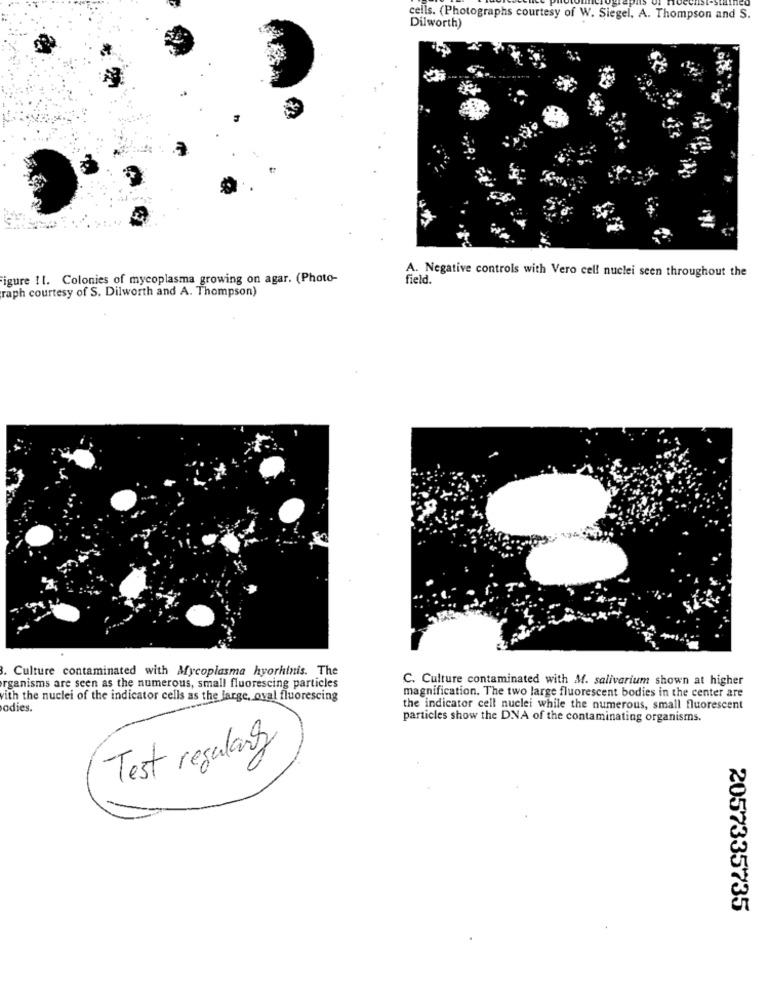
cells. (Photographs courtesy of W. Siegel. A. Thompson and S.
Dilworth)
igure 11. Colonies of mycoplasma growing on agar. (Photo-
A. Negative controls with Vero cell nuclei seen throughout the
field.
raph courtesy of S. Dilworth and A. Thompson)
Culture contaminated with Mycoplasma hyorhinis. The
C. Culture contaminated with M. salivarium shown at higher
organisms are seen as the numerous, small fluorescing particles
with the nuclei of the indicator cells as the large, oval fluorescing
magnification. The two large fluorescent bodies in the center are
odies.
the indicator cell nuclei while the numerous, small fluorescent
particles show the DNA of the contaminating organisms.
Test regulary
2057335735